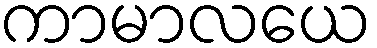
ကာမာလယေ